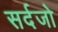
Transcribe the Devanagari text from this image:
सर्दजो